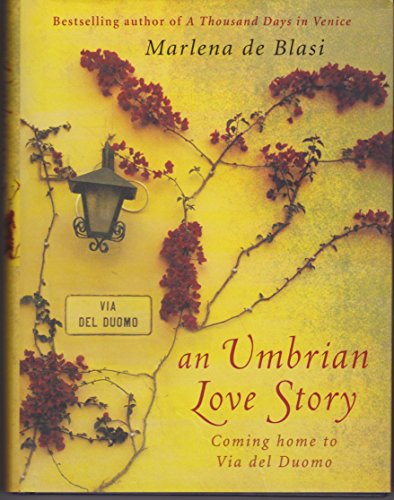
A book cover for An Umbrian Love Story : Coming Home to Via Del Duomo; Marlena De Blasi; Travel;